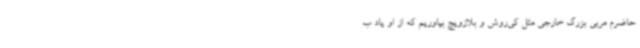
حاضرم مربی بزرگ خارجی مثل کی‌روش و بلازویچ بیاوریم که از او یاد ب